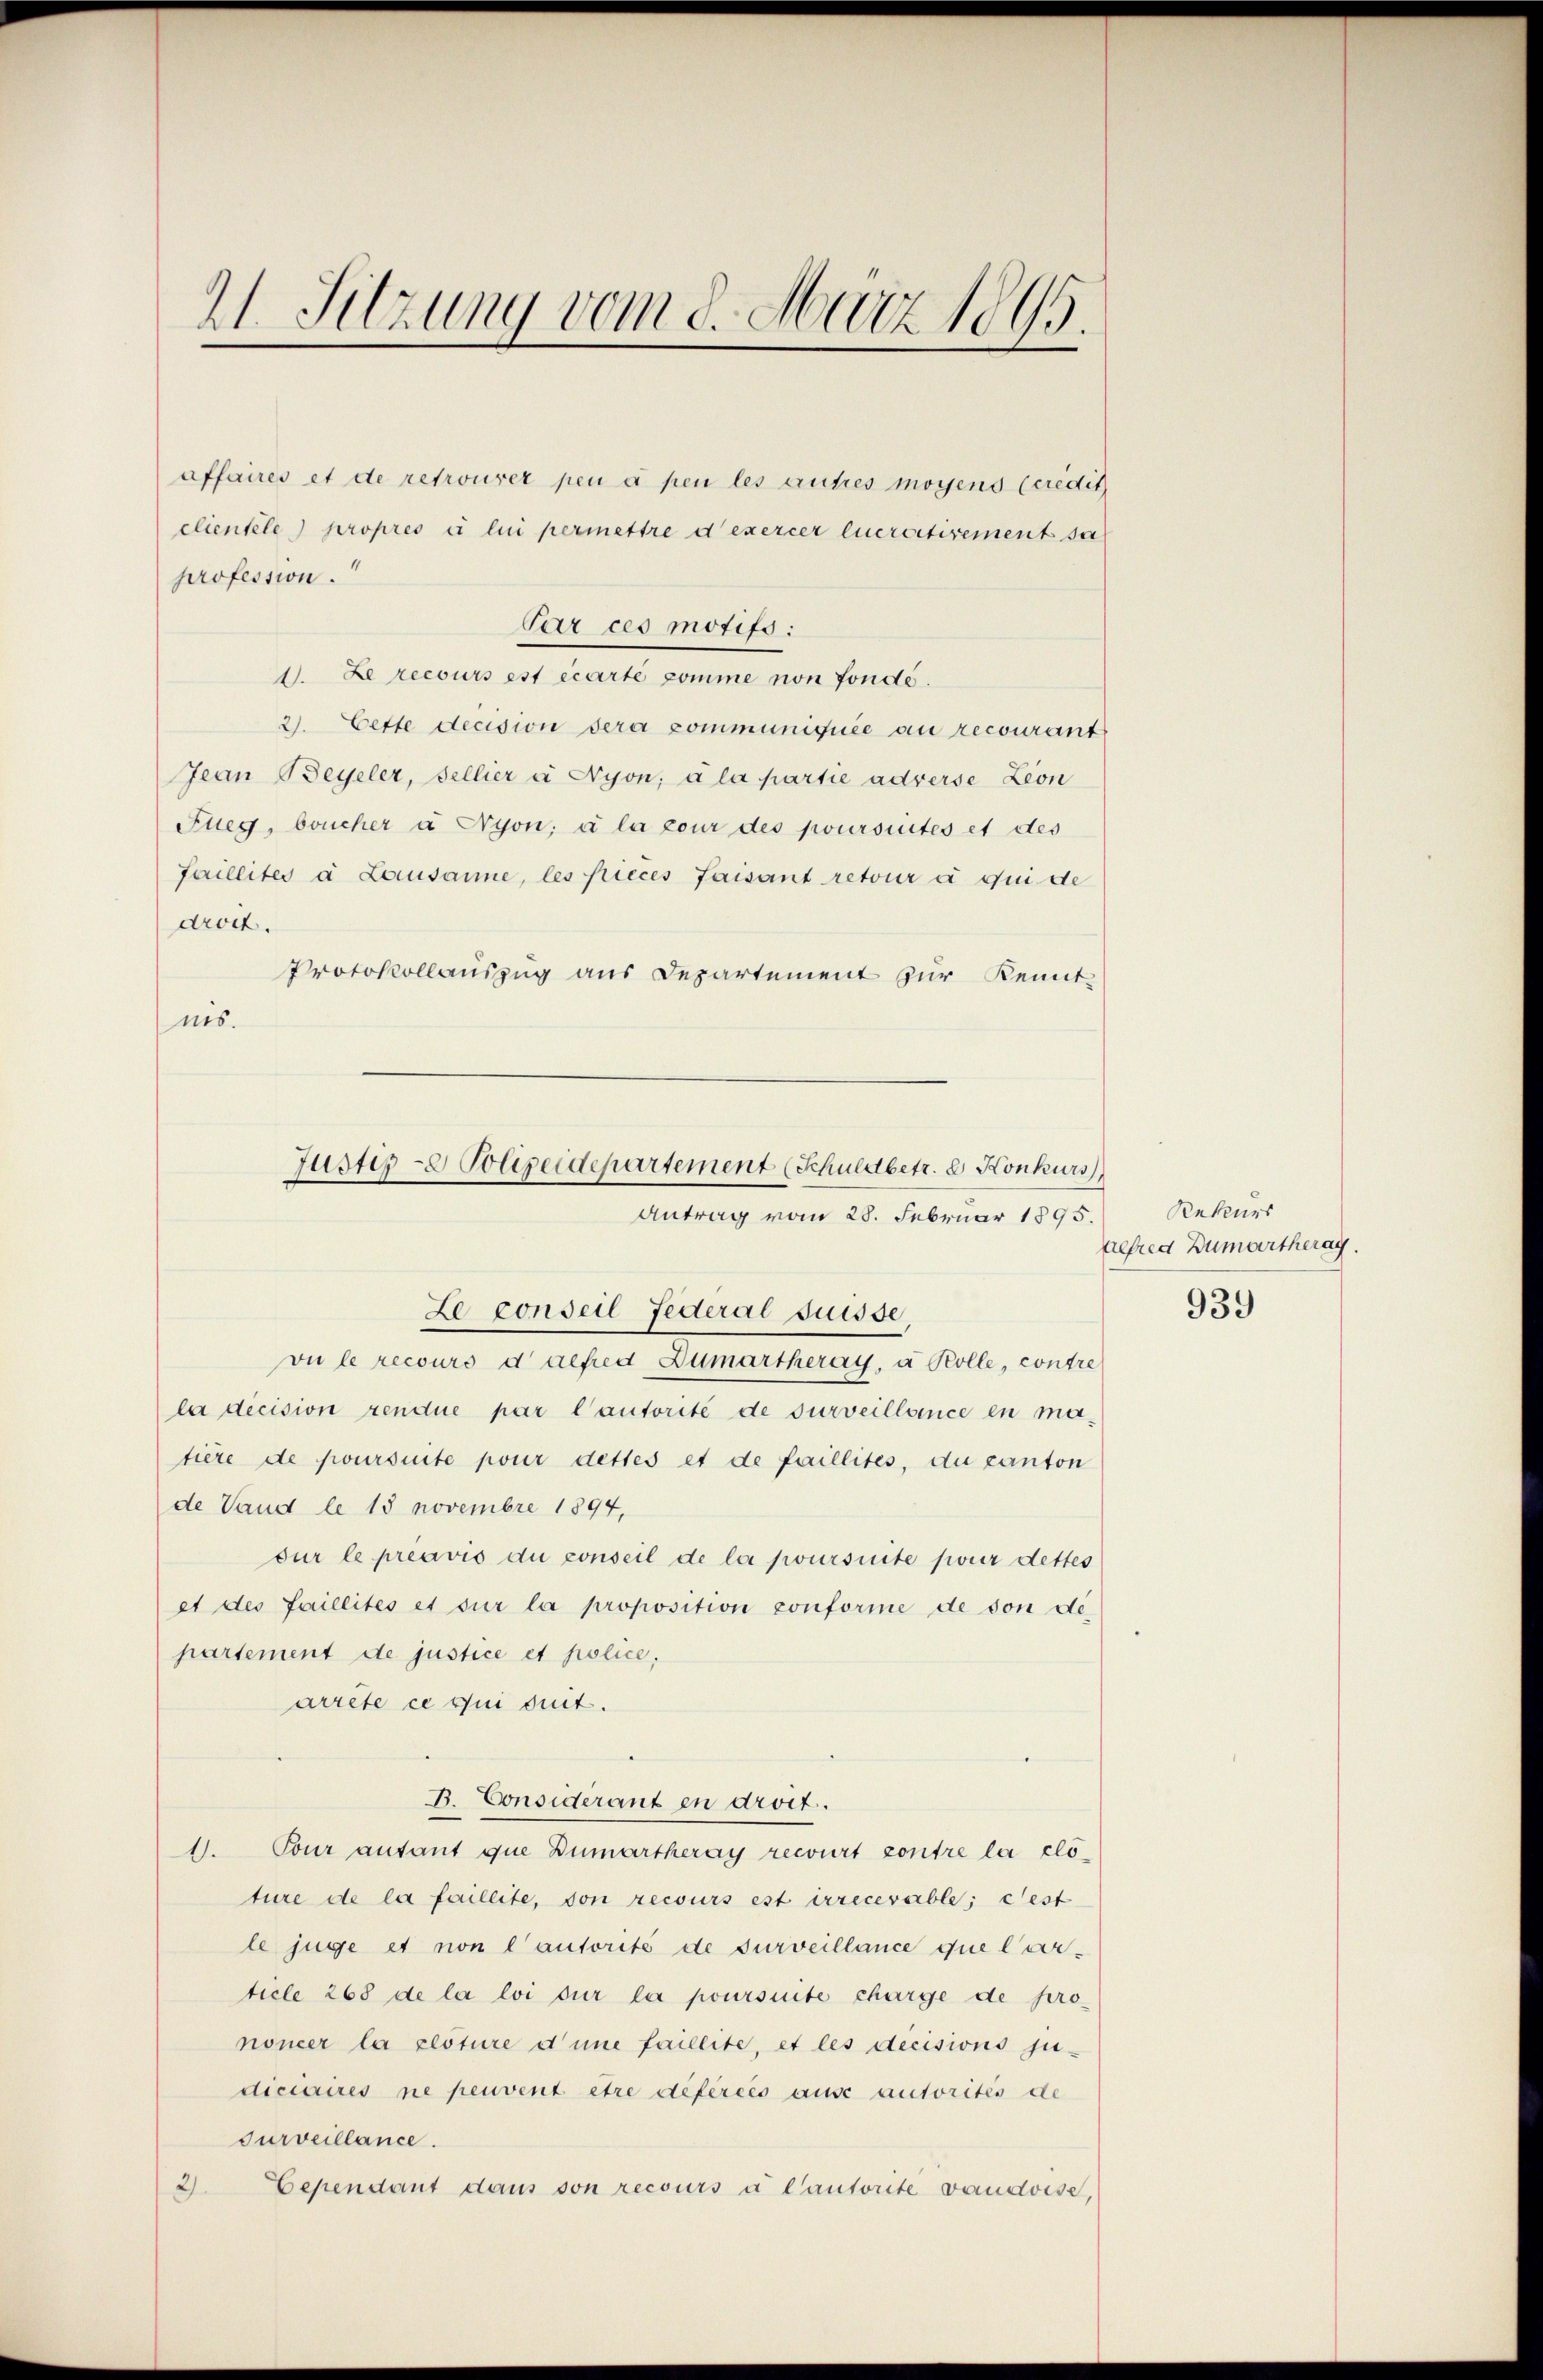
21. Sitzung vom 8. März 1895.

affaires et de retrouver peu à per les autres mögens (credit
clientele) propres à lui permettre d’exercer lucrativement sa
profession.
Par ces motifs:
1. Le recours est écarte comme non fonde.
2. Cette decision sera communiquée au recourant
Jean Beyeler, Fellier à Nyon, à la partie adverse Leon
Fleg, boucher à Wyon; à la pour des poursuites et des
Faillités à Lausanne, les pieces faisant retour à qui de
droit.
Protokollauszug aus Departement zur Kennt-
nis.

Justiz- & Polizeidepartement (Schuldbetr. 2. Konkurs
Antrag vom 28. Februar 1895.
E

Le conseil Federal Suisse,
vu le recours d alfred Zumartheray, a Kolle, contre
la decision rendue par l’autorité de surveillance en matière de poursuite pour dettes et de faillites, du canton
de Vaud le 18 Novembre 1894,
sur le préavis du conseil de la joursuite pour dettes
et des faillités et sur la proposition conforme de son departement de justice et police,
arrete ce qui dut.
B. Considerant en droit.
1. Tour autant que Dumartheray recourt contre la cloture de la faillite, son recours est irrecevable; cest
le juge et non l’autorité de surveillance que larticle 268 de la loi sur la poursuite charge de prononcer la clôture d’une faillite, et les decisions ju-
diciaires ne peuvent être déférées ause autorités de
Turveillance.
2).
Cependant dans son recours à Cantorite vaudoise,

Rekurs
lfred Humartherag

939